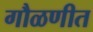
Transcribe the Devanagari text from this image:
गौळणीत